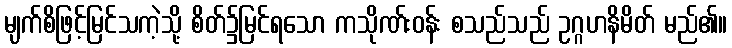
မျက်စိဖြင့်မြင်သကဲ့သို့ စိတ်၌မြင်ရသော ကသိုဏ်းဝန်း စသည်သည် ဥဂ္ဂဟနိမိတ် မည်၏။